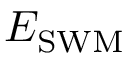
E _ { \mathrm { S W M } }